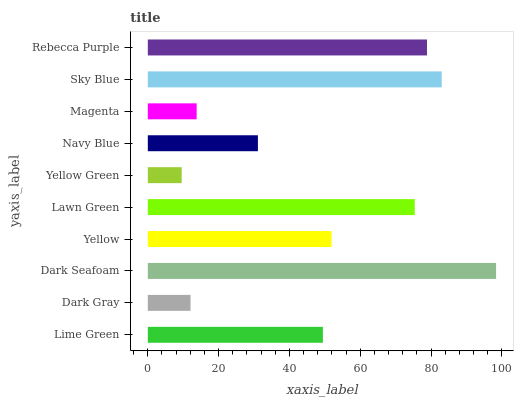
| yaxis_label | bars |
 | --- | --- |
 | Lime Green | 49.4 |
 | Dark Gray | 12.1 |
 | Dark Seafoam | 98.3 |
 | Yellow | 51.9 |
 | Lawn Green | 75.4 |
 | Yellow Green | 9.57 |
 | Navy Blue | 31.1 |
 | Magenta | 13.8 |
 | Sky Blue | 83 |
 | Rebecca Purple | 78.8 |